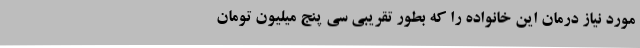
مورد نیاز درمان این خانواده را که بطور تقریبی سی پنج میلیون تومان